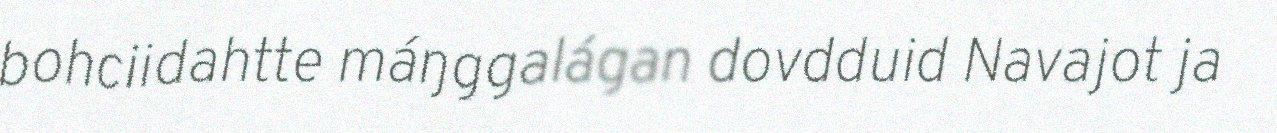
bohciidahtte máŋggalágan dovdduid Navajot ja